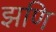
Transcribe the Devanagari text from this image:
झणि